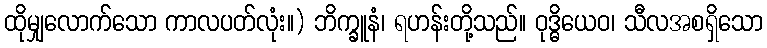
ထိုမျှလောက်သော ကာလပတ်လုံး။) ဘိက္ခူနံ၊ ရဟန်းတို့သည်။ ဝုဒ္ဓိယေဝ၊ သီလအစရှိသော